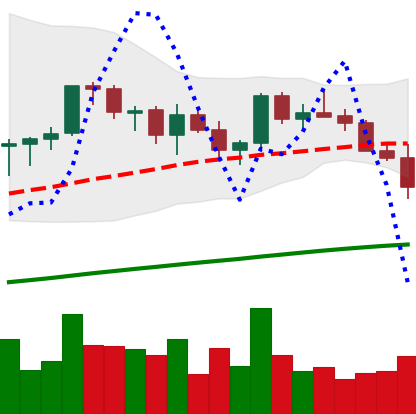
Ticker: LINK-USD
Chart end date: 2021-03-24
Forward return: 11.969%
Label: up_7plus